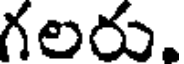
గలరు.